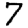
Digit: 7